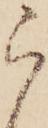
ら